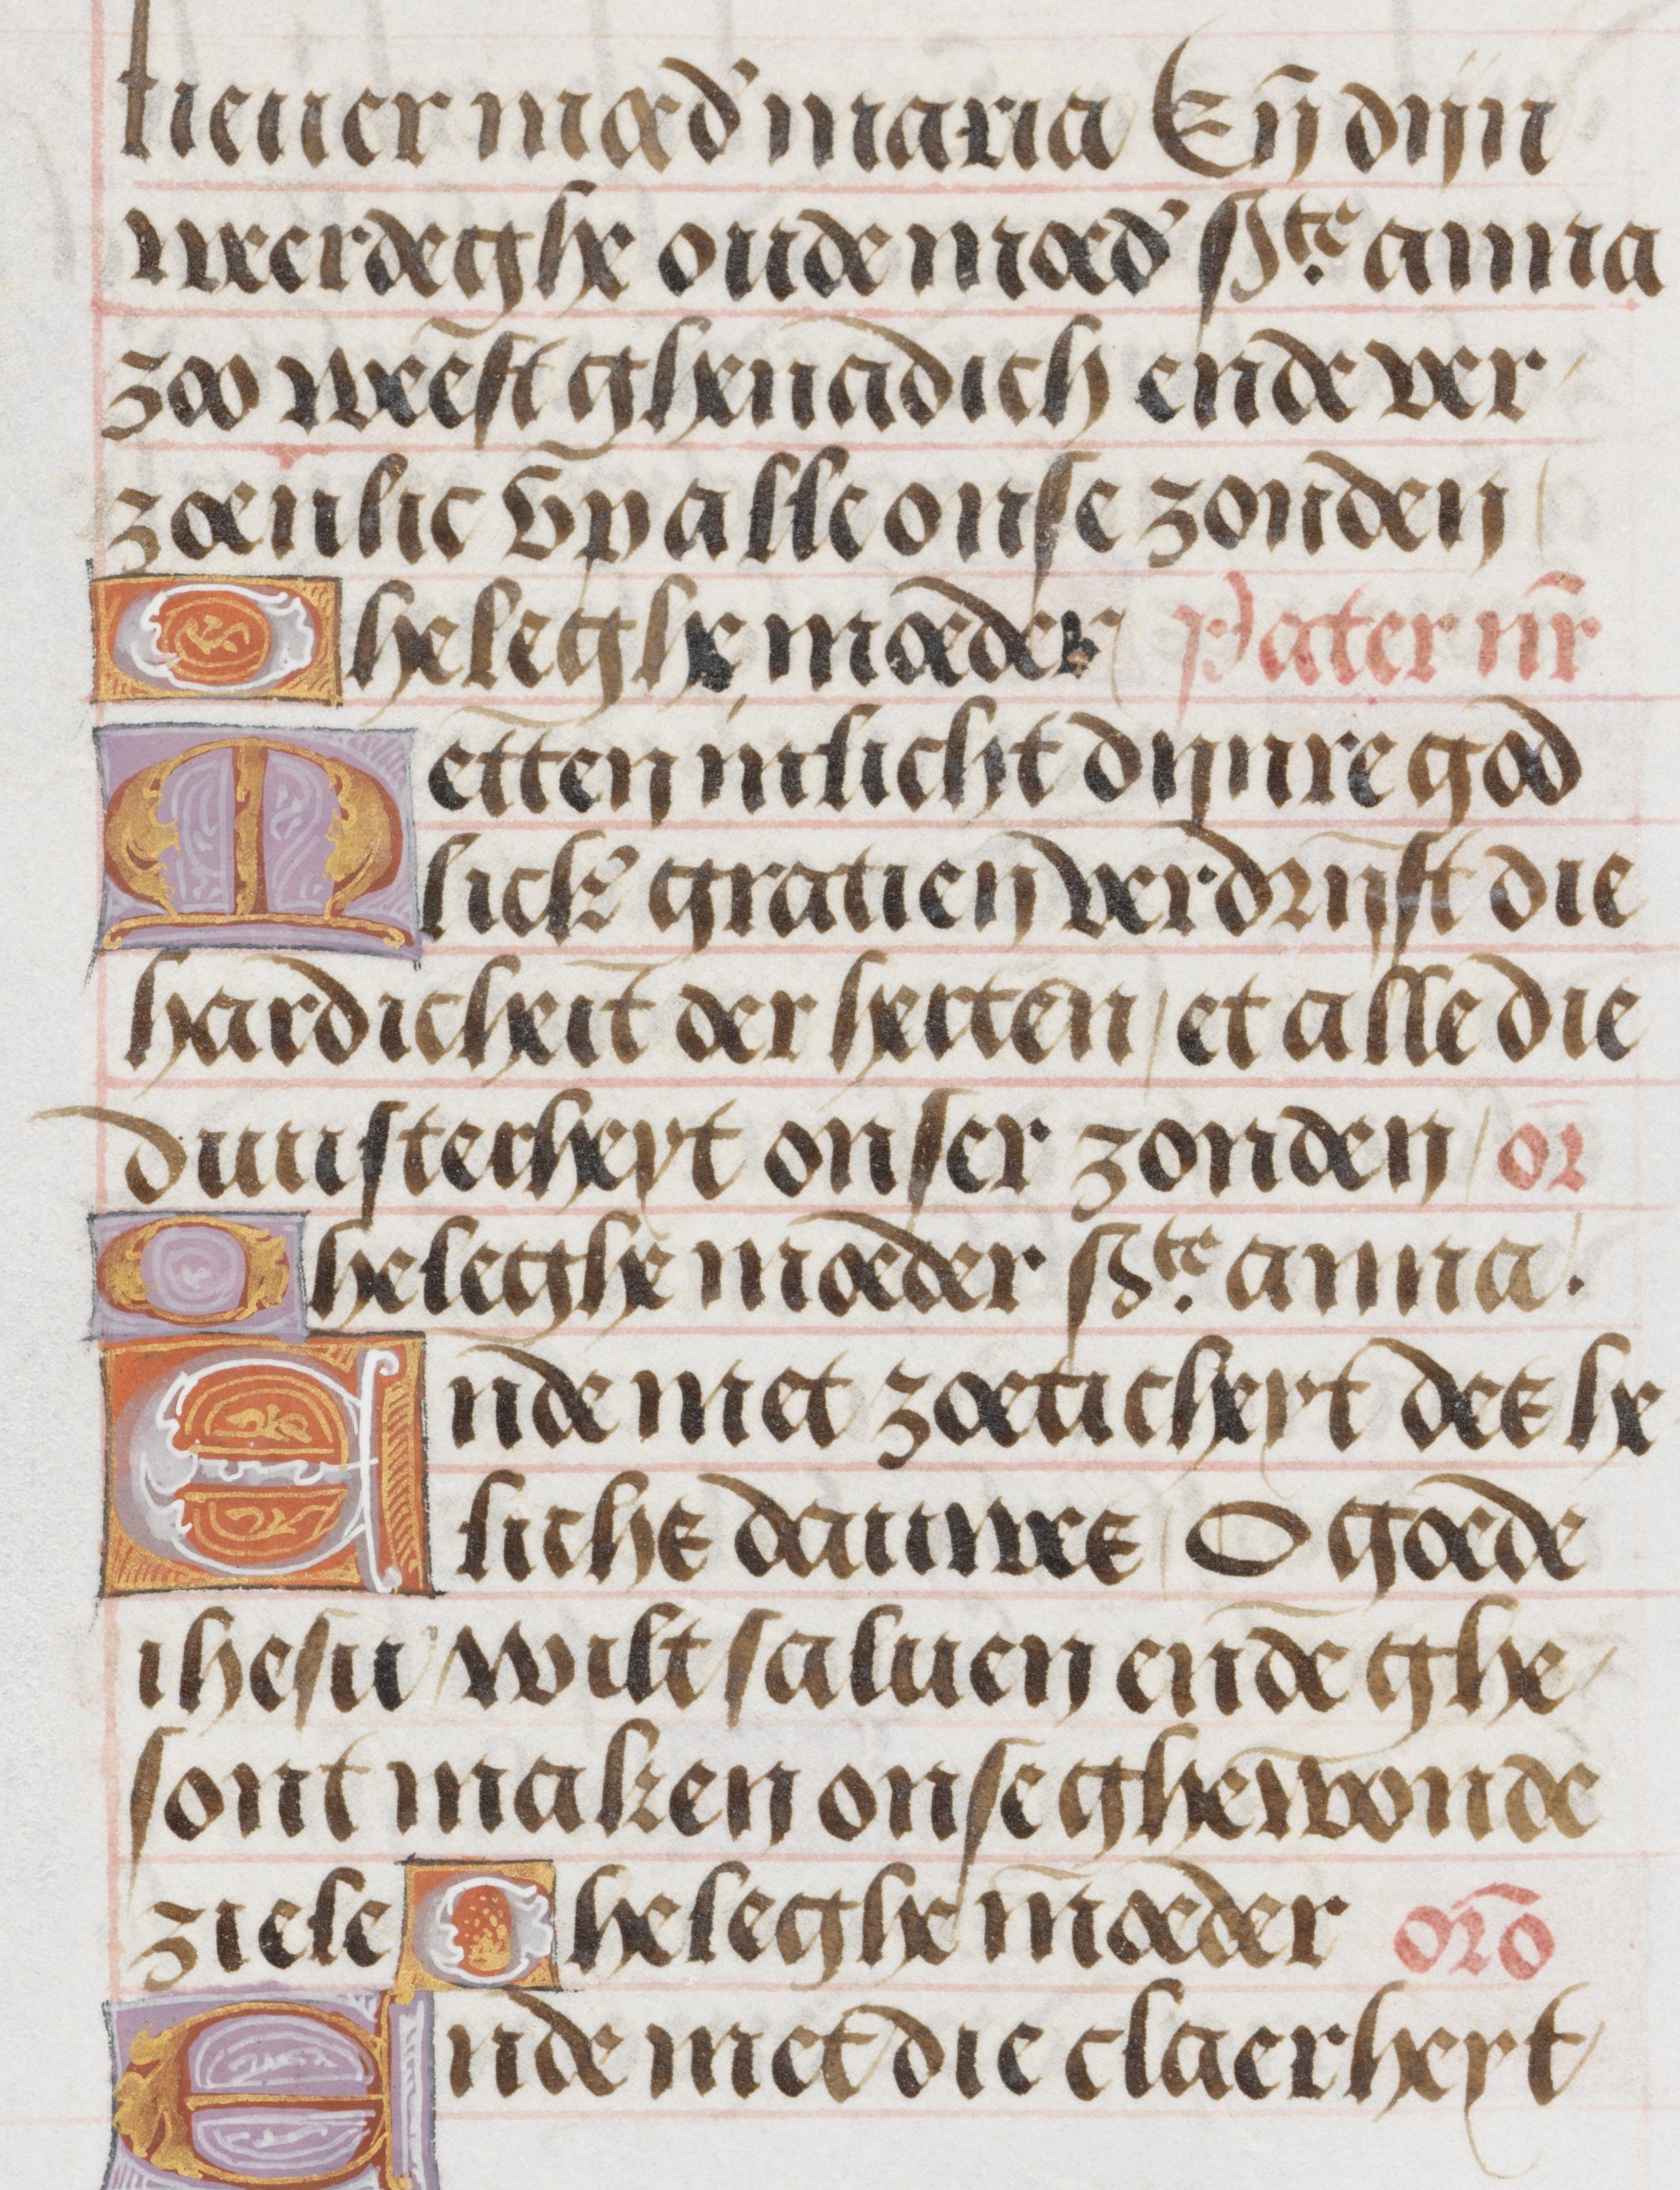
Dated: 1485–1515